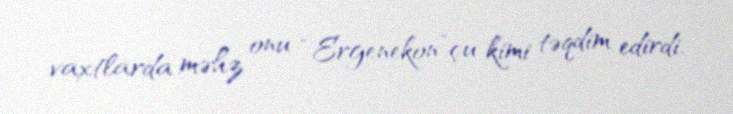
vaxtlarda məhz onu “Ergenekon”çu kimi təqdim edirdi.